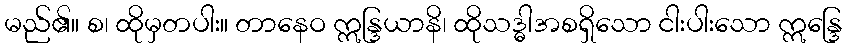
မည်၏။ စ၊ ထိုမှတပါး။ တာနေဝ ဣန္ဒြယာနိ၊ ထိုသဒ္ဓါအစရှိသော ငါးပါးသော ဣန္ဒြေ